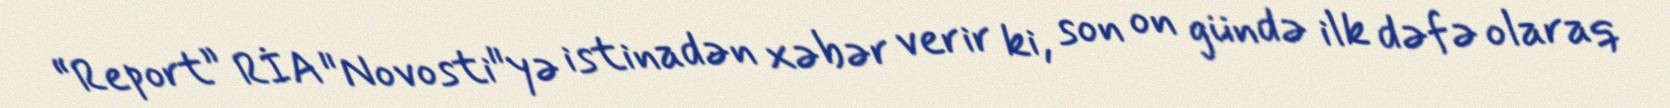
“Report” RİA "Novosti"yə istinadən xəbər verir ki, son on gündə ilk dəfə olaraq